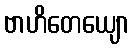
ဗာဟိတေယျော